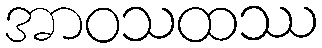
အာဝသထဿ